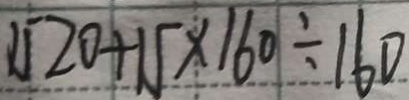
1 5 2 0 + 1 5 \times 1 6 0 \div 1 6 0